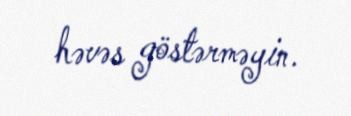
həvəs göstərməyin.